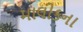
માલીકના